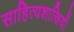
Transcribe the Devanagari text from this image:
साहित्यशास्रियों